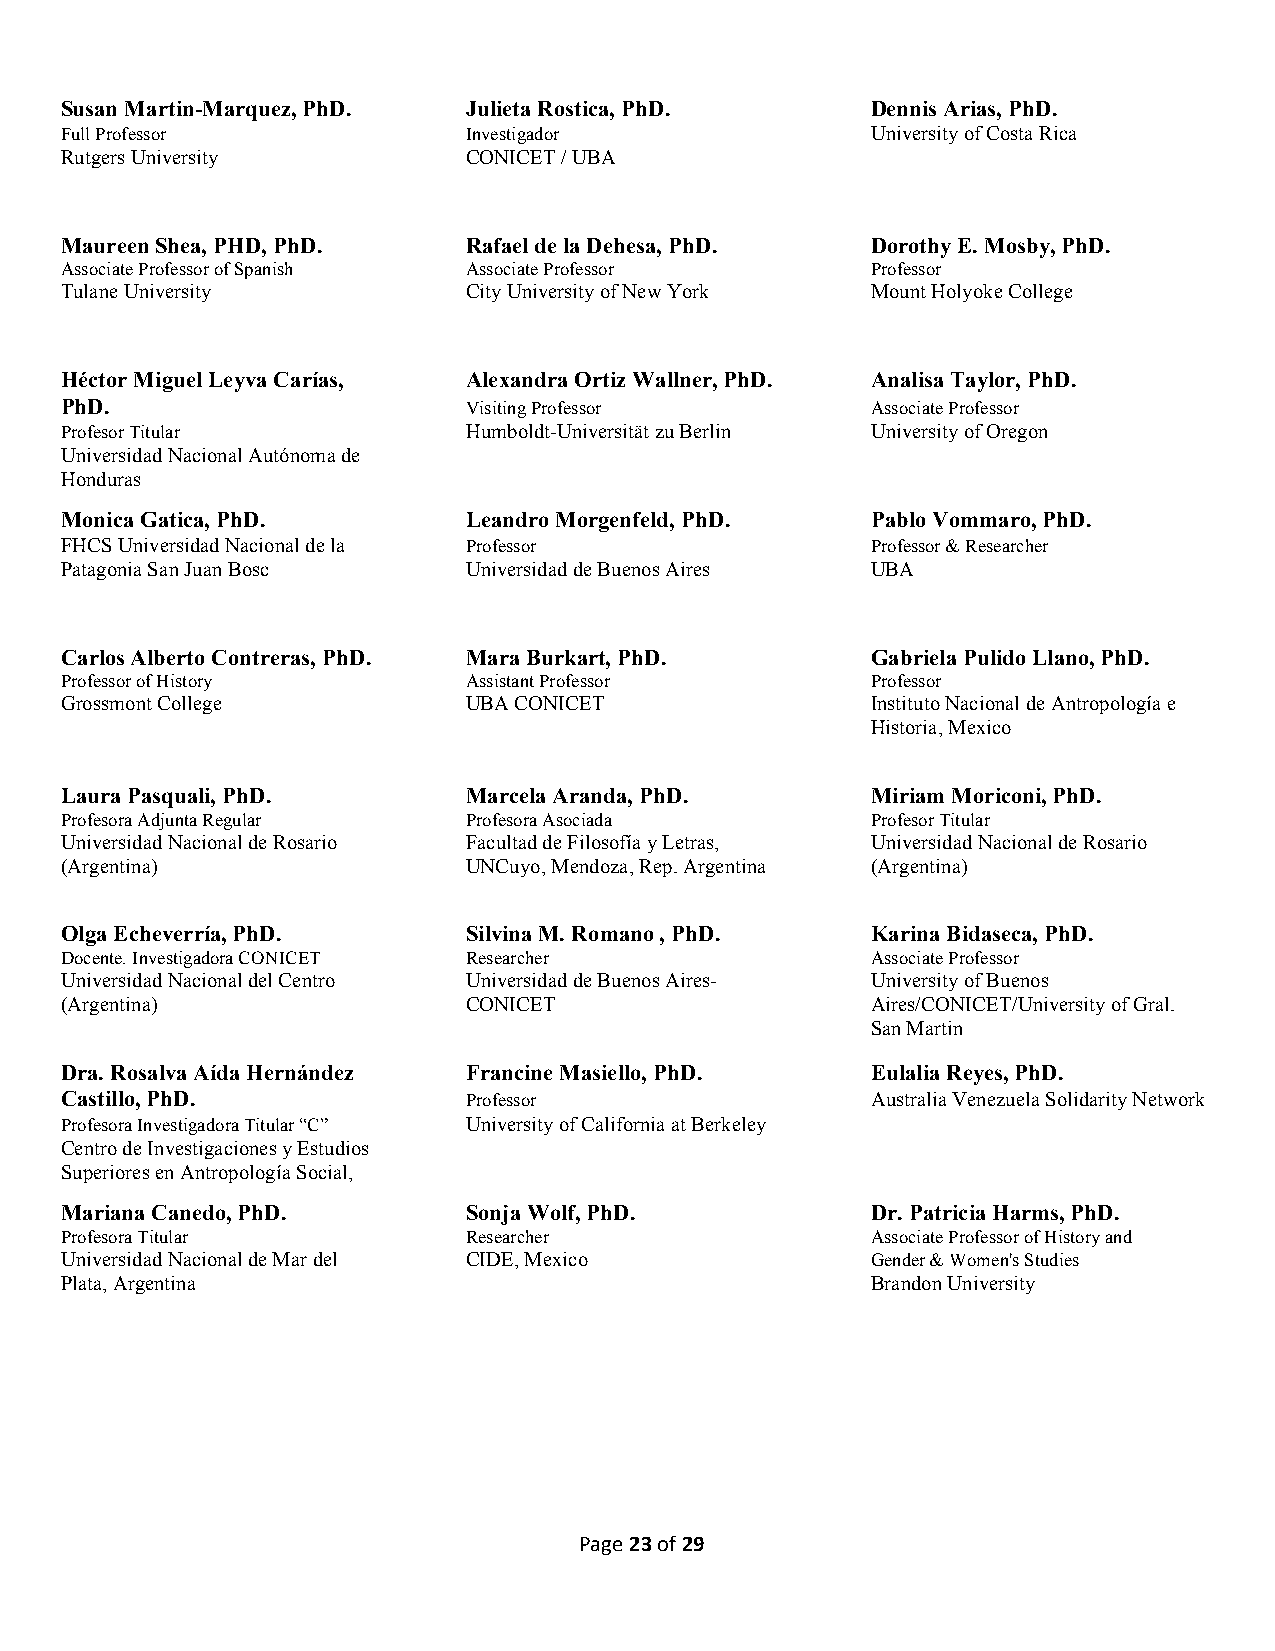
Susan Martin-Marquez, PhD. Julieta Rostica, PhD.      Dennis Arias, PhD.
 Full Professor             Investigador               University of Costa Rica
 Rutgers University         CONICET / UBA
 Maureen Shea, PHD, PhD.    Rafael de la Dehesa, PhD.  Dorothy E. Mosby, PhD.
 Associate Professor of Spanish Associate Professor    Professor
 Tulane University          City University of New York Mount Holyoke College
 Héctor Miguel Leyva Carías, Alexandra Ortiz Wallner, PhD. Analisa Taylor, PhD.
 PhD.                       Visiting Professor         Associate Professor
 Profesor Titular           Humboldt-Universität zu Berlin University of Oregon
 Universidad Nacional Autónoma de
 Honduras
 Monica Gatica, PhD.        Leandro Morgenfeld, PhD.   Pablo Vommaro, PhD.
 FHCS Universidad Nacional de la Professor             Professor & Researcher
 Patagonia San Juan Bosc    Universidad de Buenos Aires UBA
 Carlos Alberto Contreras, PhD. Mara Burkart, PhD.     Gabriela Pulido Llano, PhD.
 Professor of History       Assistant Professor        Professor
 Grossmont College          UBA CONICET                Instituto Nacional de Antropología e
 Historia, Mexico
 Laura Pasquali, PhD.       Marcela Aranda, PhD.       Miriam Moriconi, PhD.
 Profesora Adjunta Regular  Profesora Asociada         Profesor Titular
 Universidad Nacional de Rosario Facultad de Filosofía y Letras, Universidad Nacional de Rosario
 (Argentina)                UNCuyo, Mendoza, Rep. Argentina (Argentina)
 Olga Echeverría, PhD.      Silvina M. Romano , PhD.   Karina Bidaseca, PhD.
 Docente. Investigadora CONICET Researcher             Associate Professor
 Universidad Nacional del Centro Universidad de Buenos Aires- University of Buenos
 (Argentina)                CONICET                    Aires/CONICET/University of Gral.
 San Martin
 Dra. Rosalva Aída Hernández Francine Masiello, PhD.   Eulalia Reyes, PhD.
 Castillo, PhD.             Professor                  Australia Venezuela Solidarity Network
 Profesora Investigadora Titular “C” University of California at Berkeley
 Centro de Investigaciones y Estudios
 Superiores en Antropología Social,
 Mariana Canedo, PhD.       Sonja Wolf, PhD.           Dr. Patricia Harms, PhD.
 Profesora Titular          Researcher                 Associate Professor of History and
 Universidad Nacional de Mar del CIDE, Mexico          Gender & Women's Studies
 Plata, Argentina                                      Brandon University
 Page 23 of 29